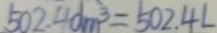
5 0 2 . 4 d m ^ { 3 } = 5 0 2 . 4 L